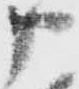
申